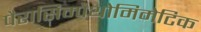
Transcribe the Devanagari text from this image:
पैरासिम्पैथोमिमेटिक